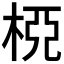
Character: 𣒘